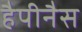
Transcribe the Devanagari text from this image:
हैपीनैस